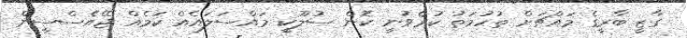
ގާޒީ ބާރީގެ މައްޗަށް ތުހުމަތު ކުރެވުނީ ކޮން ސުލޫކީ މައްސަލައެއް ކަމެއް ޖޭއެސްސީން